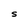
Character: S